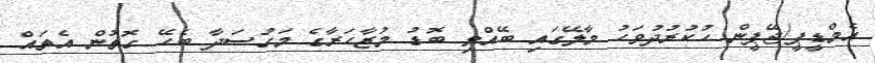
އެމްޑީޕީ/ޖޭޕީން ހުކުރުދުވަހު މާލޭގައި ބޭއްވި ބޮޑު މުޒާހަރާގެ މަގުސަދާ ބެހޭ ގޮތުން އެތައް